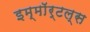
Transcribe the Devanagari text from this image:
इम्माॅर्टल्स